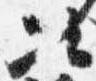
次